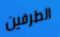
الطرفين